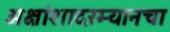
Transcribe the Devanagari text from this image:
अक्षांशादरम्यानचा